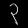
Digit: ၃